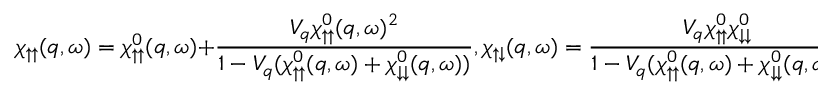
\chi _ { \uparrow \uparrow } ( q , \omega ) = \chi _ { \uparrow \uparrow } ^ { 0 } ( q , \omega ) + \frac { V _ { q } \chi _ { \uparrow \uparrow } ^ { 0 } ( q , \omega ) ^ { 2 } } { 1 - V _ { q } ( \chi _ { \uparrow \uparrow } ^ { 0 } ( q , \omega ) + \chi _ { \downarrow \downarrow } ^ { 0 } ( q , \omega ) ) } , \chi _ { \uparrow \downarrow } ( q , \omega ) = \frac { V _ { q } \chi _ { \uparrow \uparrow } ^ { 0 } \chi _ { \downarrow \downarrow } ^ { 0 } } { 1 - V _ { q } ( \chi _ { \uparrow \uparrow } ^ { 0 } ( q , \omega ) + \chi _ { \downarrow \downarrow } ^ { 0 } ( q , \omega ) ) }